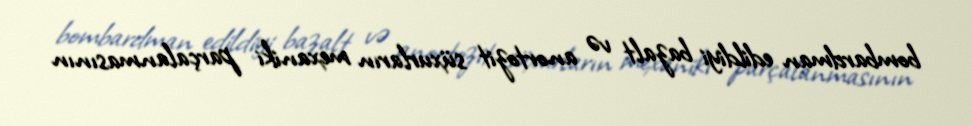
bombardman edildiyi bazalt və anortozit süxurların mexaniki parçalanmasının